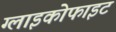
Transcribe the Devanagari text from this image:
ग्लाइकोफाइट